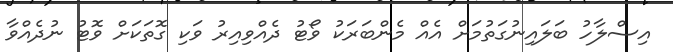
އިސްލާހު ބަލައިނުގަތުމަށް އެއް މެންބަރަކު ވޯޓު ދެއްވިއިރު ވަކި ގޮތަކަށް ވޮޓު ނުދެއްވާ